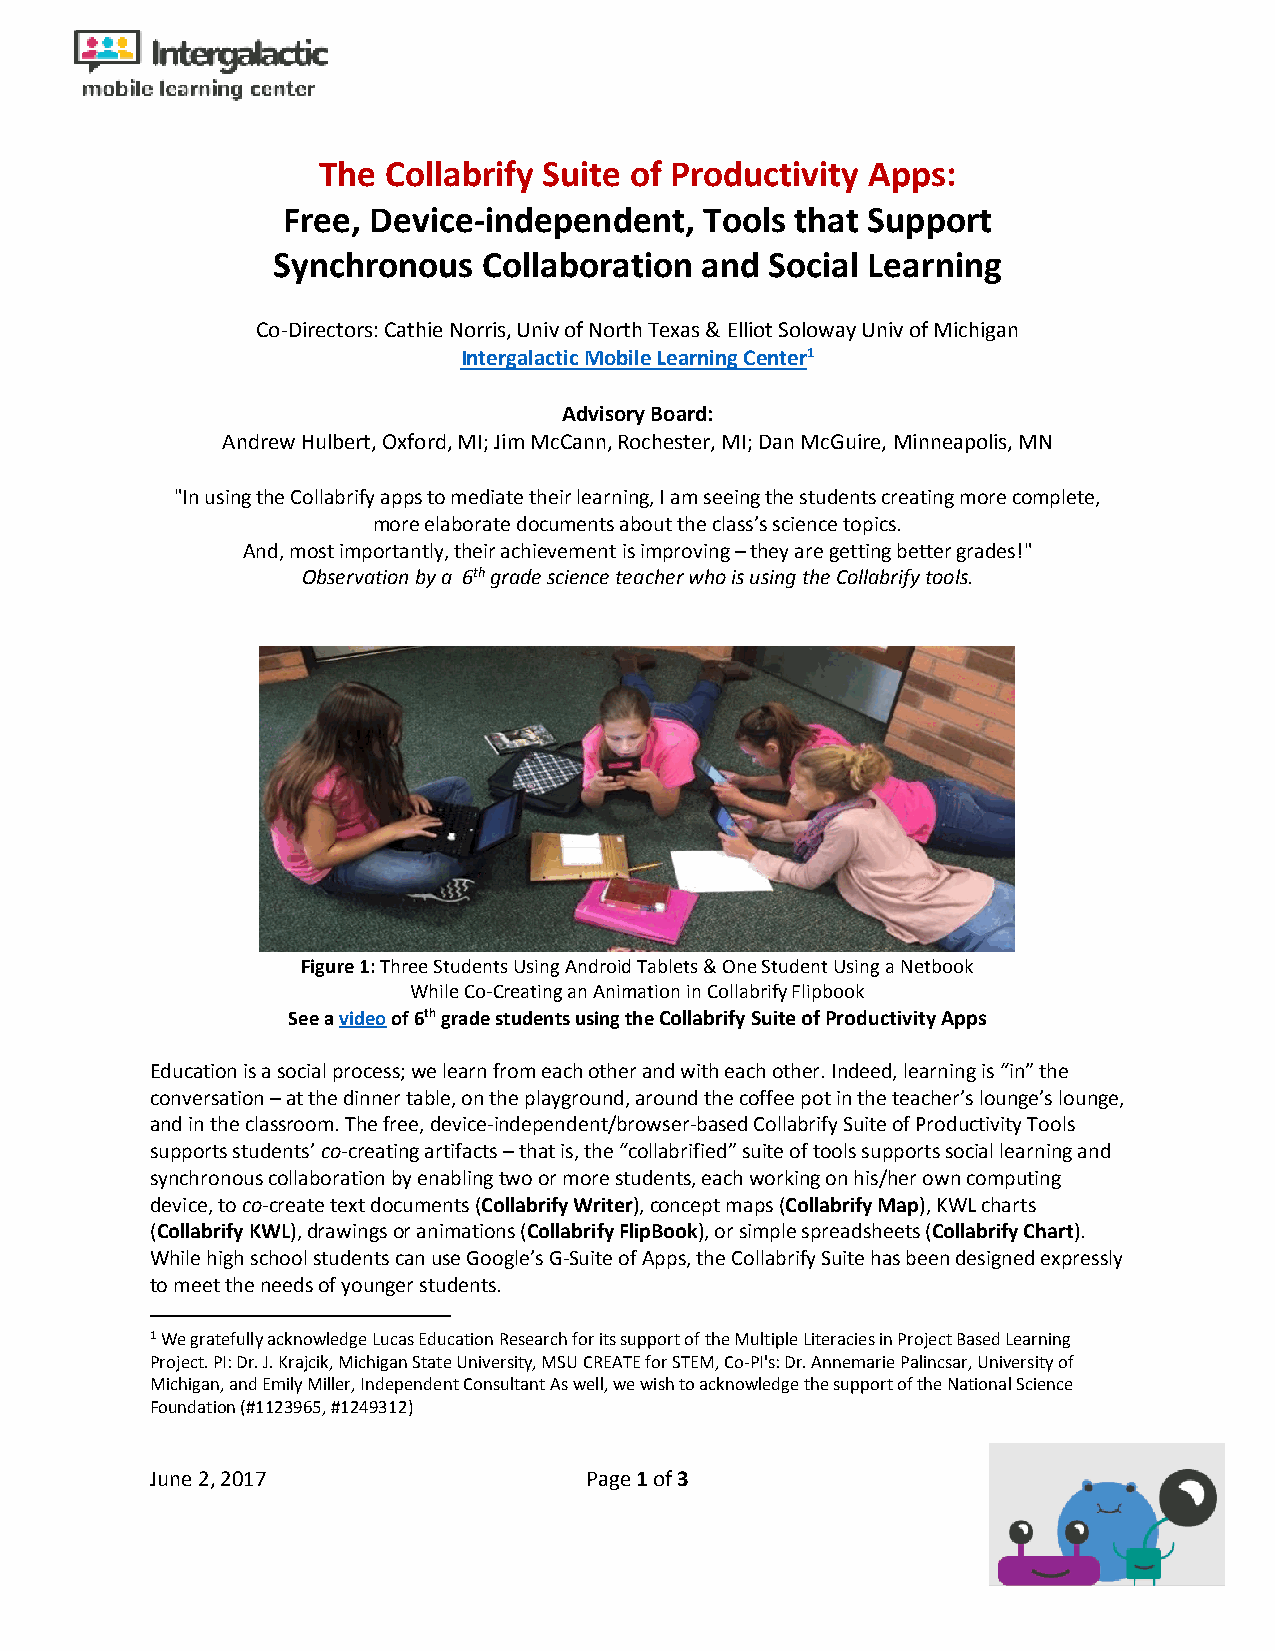
The Collabrify Suite of Productivity Apps:
 Free, Device-independent,   Tools that Support
 Synchronous   Collaboration and  Social Learning
 Co-Directors: Cathie Norris, Univ of North Texas & Elliot Soloway Univ of Michigan
 Intergalactic Mobile Learning Center1
 Advisory Board:
 Andrew Hulbert, Oxford, MI; Jim McCann, Rochester, MI; Dan McGuire, Minneapolis, MN
 "In using the Collabrify apps to mediate their learning, I am seeing the students creating more complete,
 more elaborate documents about the class’s science topics.
 And, most importantly, their achievement is improving – they are getting better grades!"
 Observation by a 6th grade science teacher who is using the Collabrify tools.
 Figure 1: Three Students Using Android Tablets & One Student Using a Netbook
 While Co-Creating an Animation in Collabrify Flipbook
 See a video of 6th grade students using the Collabrify Suite of Productivity Apps
 Education is a social process; we learn from each other and with each other. Indeed, learning is “in” the
 conversation – at the dinner table, on the playground, around the coffee pot in the teacher’s lounge’s lounge,
 and in the classroom. The free, device-independent/browser-based Collabrify Suite of Productivity Tools
 supports students’ co-creating artifacts – that is, the “collabrified” suite of tools supports social learning and
 synchronous collaboration by enabling two or more students, each working on his/her own computing
 device, to co-create text documents (Collabrify Writer), concept maps (Collabrify Map), KWL charts
 (Collabrify KWL), drawings or animations (Collabrify FlipBook), or simple spreadsheets (Collabrify Chart).
 While high school students can use Google’s G-Suite of Apps, the Collabrify Suite has been designed expressly
 to meet the needs of younger students.
 1 We gratefully acknowledge Lucas Education Research for its support of the Multiple Literacies in Project Based Learning
 Project. PI: Dr. J. Krajcik, Michigan State University, MSU CREATE for STEM, Co-PI's: Dr. Annemarie Palincsar, University of
 Michigan, and Emily Miller, Independent Consultant As well, we wish to acknowledge the support of the National Science
 Foundation (#1123965, #1249312)
 June 2, 2017                 Page 1 of 3